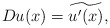
\begin{align*}Du(x)=\widetilde{u^{\prime }(x)}, \end{align*}